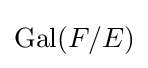
\operatorname {Gal} (F/E)